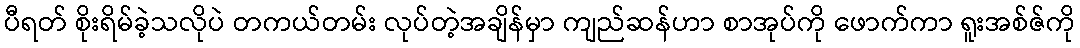
ပီရတ် စိုးရိမ်ခဲ့သလိုပဲ တကယ်တမ်း လုပ်တဲ့အချိန်မှာ ကျည်ဆန်ဟာ စာအုပ်ကို ဖောက်ကာ ရူးအစ်ဇ်ကို